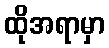
ထိုအရာမှာ